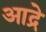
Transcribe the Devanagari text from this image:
आद्रे